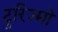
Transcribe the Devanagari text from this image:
टुरिज्मो